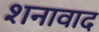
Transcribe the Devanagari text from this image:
शनावाद